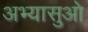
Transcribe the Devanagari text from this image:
अभ्यासुओ